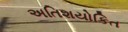
અતિશયોકિત